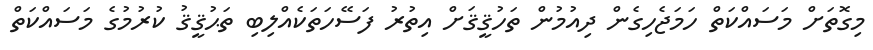
މިގޮތަށް މަސައްކަތް ހަމަޖެހިގެން ދިއުމުން ތަހުޤީޤަށް އިތުރު ފަސޭހަތަކެއްލިބި ތަޙުޤީޤު ކުރުމުގެ މަސައްކަތް